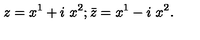
z = x ^ { 1 } + i \ x ^ { 2 } ; { \bar { z } } = x ^ { 1 } - i \ x ^ { 2 } .